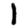
Digit: 1